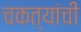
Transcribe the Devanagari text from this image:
चकत्यांची